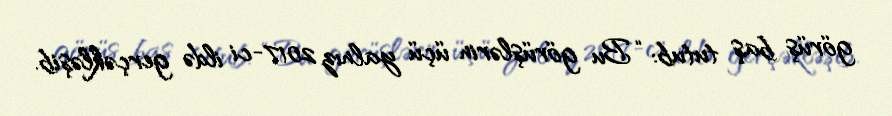
görüş baş tutub: “Bu görüşlərin üçü yalnız 2017-ci ildə gerçəkləşib.